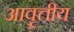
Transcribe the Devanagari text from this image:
आवृत्तीय